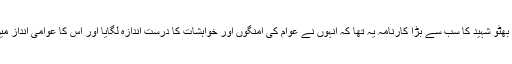
ذوالفقار علی بھٹو شہید کا سب سے بڑا کارنامہ یہ تھا کہ انہوں نے عوام کی امنگوں اور خواہشات کا درست اندازہ لگایا اور اس کا عوامی انداز میں اظہار کیا۔